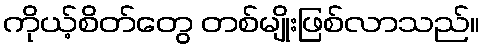
ကိုယ့်စိတ်တွေ တစ်မျိုးဖြစ်လာသည်။